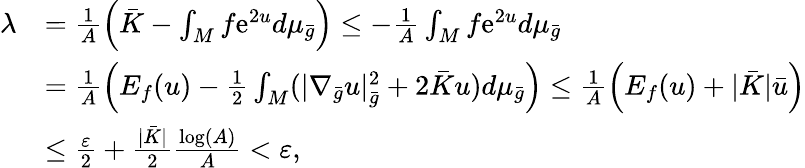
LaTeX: \begin{array}{rl}{\lambda}&{=\frac{1}{A}\left(\bar{K}-\int_{M}f\mathrm{e}^{2u}d\mu_{\bar{g}}\right)\le-\frac{1}{A}\int_{M}f\mathrm{e}^{2u}d\mu_{\bar{g}}}\\ &{=\frac{1}{A}\left(E_{f}(u)-\frac 12\int_{M}(|\nabla_{\bar{g}}u|_{\bar{g}}^{2}+2\bar{K}u)d\mu_{\bar{g}}\right)\le\frac{1}{A}\left(E_{f}(u)+|\bar{K}|\bar{u}\right)}\\ &{\le\frac{\varepsilon}{2}+\frac{|\bar{K}|}{2}\frac{\log(A)}{A}<\varepsilon,}\end{array}